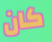
كان